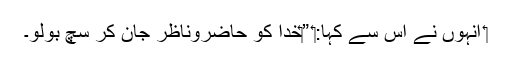
‏ اُنہوں نے اُس سے کہا:‏ ”‏خدا کو حاضروناظر جان کر سچ بولو۔